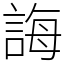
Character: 誨